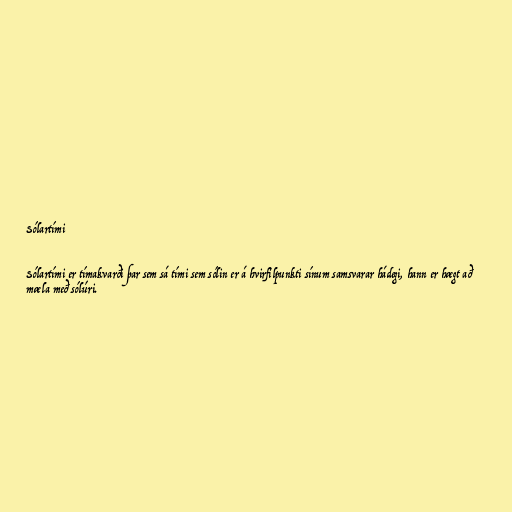
Sólartími

Sólartími er tímakvarði þar sem sá tími sem sólin er á hvirfilpunkti sínum samsvarar hádegi, hann er hægt að
mæla með sólúri.